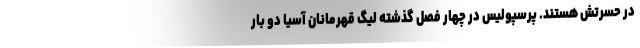
در حسرتش هستند. پرسپولیس در چهار فصل گذشته لیگ قهرمانان آسیا دو بار